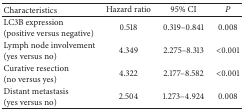
<table><thead><tr><td><b>Characteristics</b></td><td><b>Hazard ratio</b></td><td><b>95% CI</b></td><td><b><i>P</i></b></td></tr></thead><tbody><tr><td>LC3B expression (positive versus negative)</td><td>0.518</td><td>0.319–0.841</td><td>0.008</td></tr><tr><td>Lymph node involvement (yes versus no)</td><td>4.349</td><td>2.275–8.313</td><td>&lt;0.001</td></tr><tr><td>Curative resection (no versus yes)</td><td>4.322</td><td>2.177–8.582</td><td>&lt;0.001</td></tr><tr><td>Distant metastasis (yes versus no)</td><td>2.504</td><td>1.273–4.924</td><td>0.008</td></tr></tbody></table>